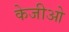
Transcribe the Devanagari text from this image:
केजीओ